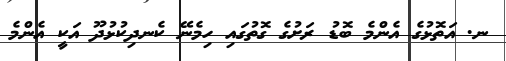
ނ. އަތޮޅުގެ އެންމެ ބޮޑު ރަށުގެ ގޮތުގައި ހިމެނޭ ކެނދިކުޅުދޫ އަކީ އެންމެ